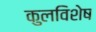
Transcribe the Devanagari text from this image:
कुलविशेष